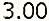
3.00